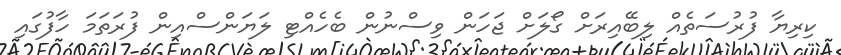
ކިރިޔާ ފުރުސަތެއް ލިބޭއިރަށް ގޯލަށް ޖަހަން ވިސްނުން ބެހެއްޓި ލަޔަންސްއިން ފުރަތަމަ ހާފުގައި